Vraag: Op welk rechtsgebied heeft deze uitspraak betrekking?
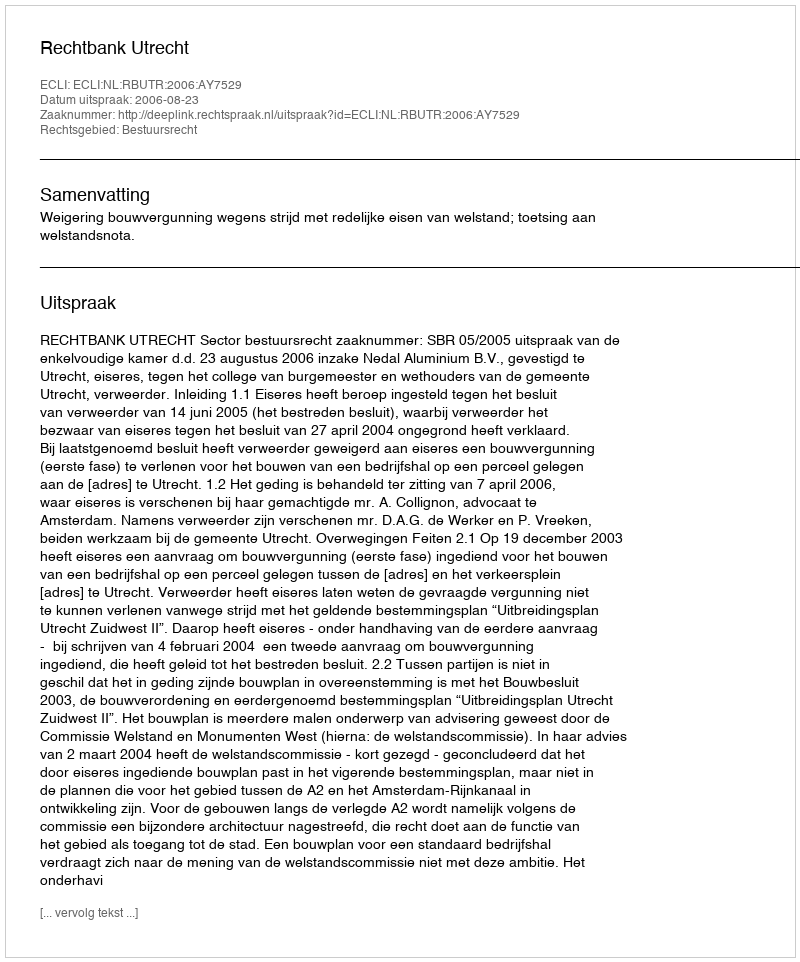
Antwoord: Bestuursrecht